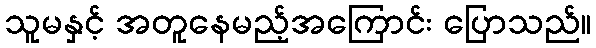
သူမနှင့် အတူနေမည့်အကြောင်း ပြောသည်။